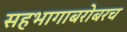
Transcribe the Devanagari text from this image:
सहभागाबरोबरच